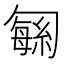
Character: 𫧅